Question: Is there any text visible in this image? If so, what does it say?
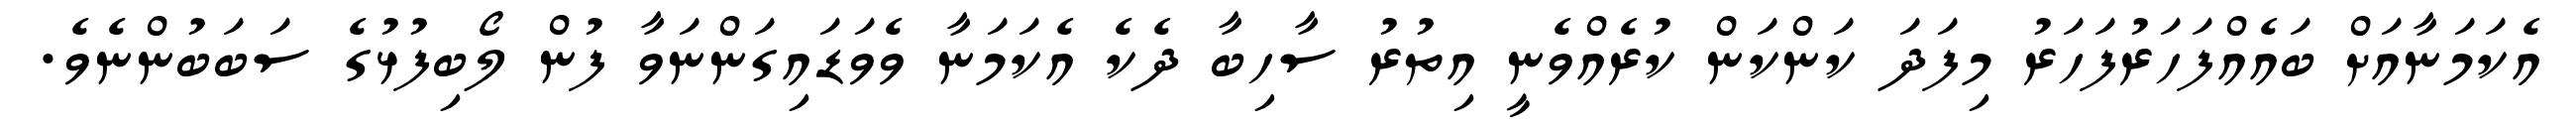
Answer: އެކަމަނާއަށް ބައެއްފަހަރުފަހަރު މިފަދަ ކަންކަން ކުރެއްވެނީ އިތުރު ސާހިބާ ދެކެ އެކަމަނާ ވެވަޑައިގަންނަވާ ފުން ލޯބިފުޅުގެ ސަބަބުންނެވެ.